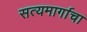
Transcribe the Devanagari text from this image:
सत्यमार्गाचा